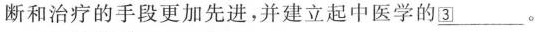
断和治疗的手段更加先进，并建立起中医学的\underline{③}。